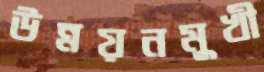
উন্নয়নমুখী